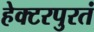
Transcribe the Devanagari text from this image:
हेक्टरपुरतं